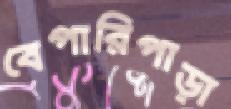
বেপারিপাড়া